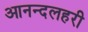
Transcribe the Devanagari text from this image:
आनन्दलहरी